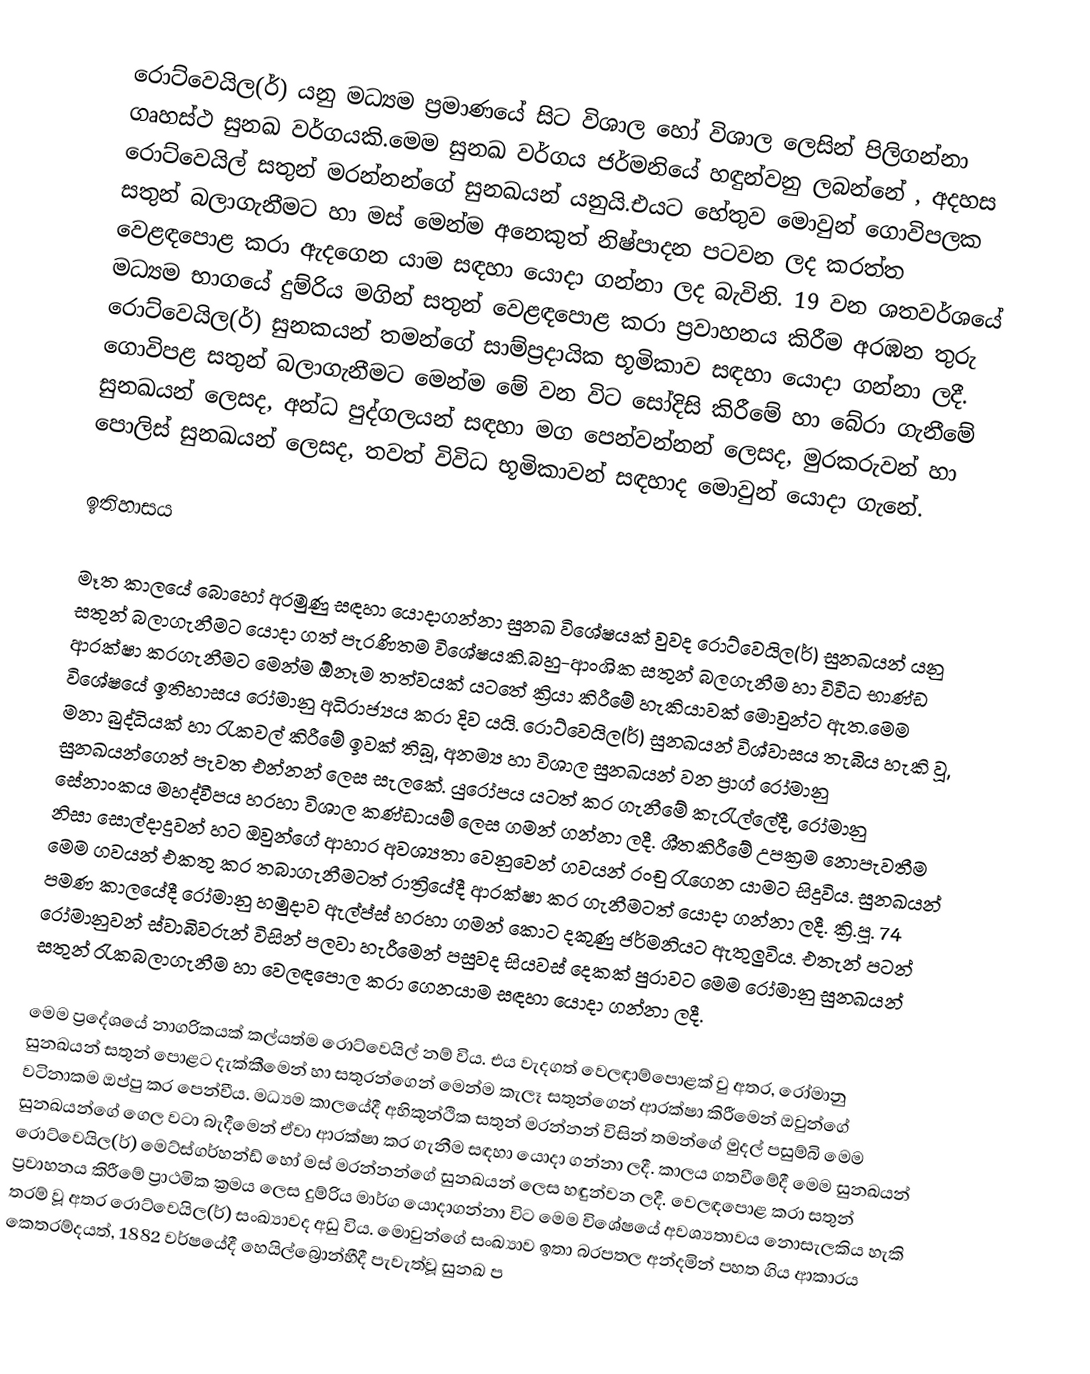
රොට්වෙයිල(ර්)  යනු මධ්‍යම ප්‍රමාණයේ සිට විශාල හෝ විශාල  ලෙසින් පිලිගන්නා ගෘහස්ථ සුනඛ වර්ගයකි.මෙම සුනඛ වර්ගය ජර්මනියේ හඳුන්වනු ලබන්නේ , අදහස රොට්වෙයිල් සතුන් මරන්නන්ගේ සුනඛයන් යනුයි.එයට හේතුව මොවුන් ගොවිපලක සතුන් බලාගැනීමට හා මස් මෙන්ම අනෙකුත් නිෂ්පාදන පටවන ලද කරත්ත වෙළඳපොළ කරා ඇදගෙන යාම සඳහා යොදා ගන්නා ලද බැවිනි. 19 වන ශතවර්ශයේ මධ්‍යම භාගයේ දුම්රිය මගින් සතුන් වෙළඳපොළ කරා ප්‍රවාහනය කිරීම අරඹන තුරු රොට්වෙයිල(ර්) සුනකයන් තමන්ගේ සාම්ප්‍රදායික භූමිකාව සඳහා යොදා ගන්නා ලදී. ගොවිපළ සතුන් බලාගැනීමට මෙන්ම මේ වන විට සෝදිසි කිරීමේ හා බේරා ගැනීමේ සුනඛයන් ලෙසද, අන්ධ පුද්ගලයන් සඳහා මග පෙන්වන්නන් ලෙසද, මුරකරුවන් හා පොලිස් සුනඛයන් ලෙසද, තවත් විවිධ භූමිකාවන් සඳහාද මොවුන් යොදා ගැනේ.

ඉතිහාසය

මෑත කාලයේ බොහෝ අරමුණු සඳහා යොදාගන්නා සුනඛ විශේෂයක් වුවද රොට්වෙයිල(ර්) සුනඛයන් යනු සතුන් බලාගැනීමට යොදා ගත් පැරණිතම විශේෂයකි.බහු-ආංශික සතුන් බලගැනීම හා විවිධ භාණ්ඩ ආරක්ෂා කරගැනීමට මෙන්ම ඕනෑම තත්වයක් යටතේ ක්‍රියා කිරීමේ හැකියාවක් මොවුන්ට ඇත.මෙම  විශේෂයේ ඉතිහාසය රෝමානු අධිරාජ්‍යය කරා දිව යයි.  රොට්වෙයිල(ර්) සුනඛයන් විශ්වාසය තැබිය හැකි වූ, මනා බුද්ධියක් හා රැකවල් කිරීමේ ඉවක් තිබූ, අනම්‍ය හා විශාල සුනඛයන් වන ප්‍රාග් රෝමානු සුනඛයන්ගෙන් පැවත එන්නන් ලෙස සැලකේ. යුරෝපය යටත් කර ගැනීමේ කැරැල්ලේදී, රෝමානු සේනාංකය මහද්වීපය හරහා විශාල කණ්ඩායම් ලෙස ගමන් ගන්නා ලදී. ශීතකිරීමේ උපක්‍රම නොපැවතීම නිසා සොල්දාදුවන් හට ඔවුන්ගේ ආහාර අවශ්‍යතා වෙනුවෙන් ගවයන් රංචු රැගෙන යාමට සිදුවිය. සුනඛයන් මෙම ගවයන් එකතු කර තබාගැනීමටත් රාත්‍රියේදී ආරක්ෂා කර ගැනීමටත් යොදා ගන්නා ලදී. ක්‍රි.පූ. 74 පමණ කාලයේදී රෝමානු හමුදාව ඇල්ප්ස් හරහා ගමන් කොට දකුණු ජර්මනියට ඇතුලුවිය. එතැන් පටන් රෝමානුවන් ස්වාබිවරුන් විසින් පලවා හැරීමෙන් පසුවද සියවස් දෙකක් පුරාවට මෙම රෝමානු සුනඛයන් සතුන් රැකබලාගැනීම හා වෙලඳපොල කරා ගෙනයාම සඳහා යොදා ගන්නා ලදී.

මෙම ප්‍රදේශයේ නාගරිකයක් කල්යත්ම රොට්වෙයිල් නම් විය. එය වැදගත් වෙලඳාම්පොළක් වු අතර, රෝමානු සුනඛයන් සතුන් පොළට දැක්කීමෙන් හා සතුරන්ගෙන් මෙන්ම කැලෑ සතුන්ගෙන් ආරක්ෂා කිරීමෙන් ඔවුන්ගේ වටිනාකම ඔප්පු කර පෙන්වීය. මධ්‍යම කාලයේදී අහිකුන්ථික සතුන් මරන්නන් විසින් තමන්ගේ මුදල් පසුම්බි මෙම සුනඛයන්ගේ ගෙල වටා බැදීමෙන් ඒවා ආරක්ෂා කර ගැනීම සඳහා යොදා ගන්නා ලදී. කාලය ගතවීමේදී  මෙම සුනඛයන් රොට්වෙයිල(ර්) මෙට්ස්ගර්හන්ඩ් හෝ මස් මරන්නන්ගේ සුනඛයන් ලෙස හඳුන්වන ලදී. වෙලඳපොළ කරා සතුන් ප්‍රවාහනය කිරීමේ ප්‍රාථමික ක්‍රමය ලෙස දුම්රිය මාර්ග යොදාගන්නා විට මෙම විශේෂයේ අවශ්‍යතාවය නොසැලකිය හැකි තරම් වූ අතර රොට්වෙයිල(ර්) සංඛ්‍යාවද අඩු විය. මොවුන්ගේ සංඛ්‍යාව ඉතා බරපතල අන්දමින් පහත ගිය ආකාරය කෙතරම්දයත්, 1882 වර්ෂයේදී හෙයිල්බ්‍රොන්හීදී පැවැත්වූ සුනඛ ප